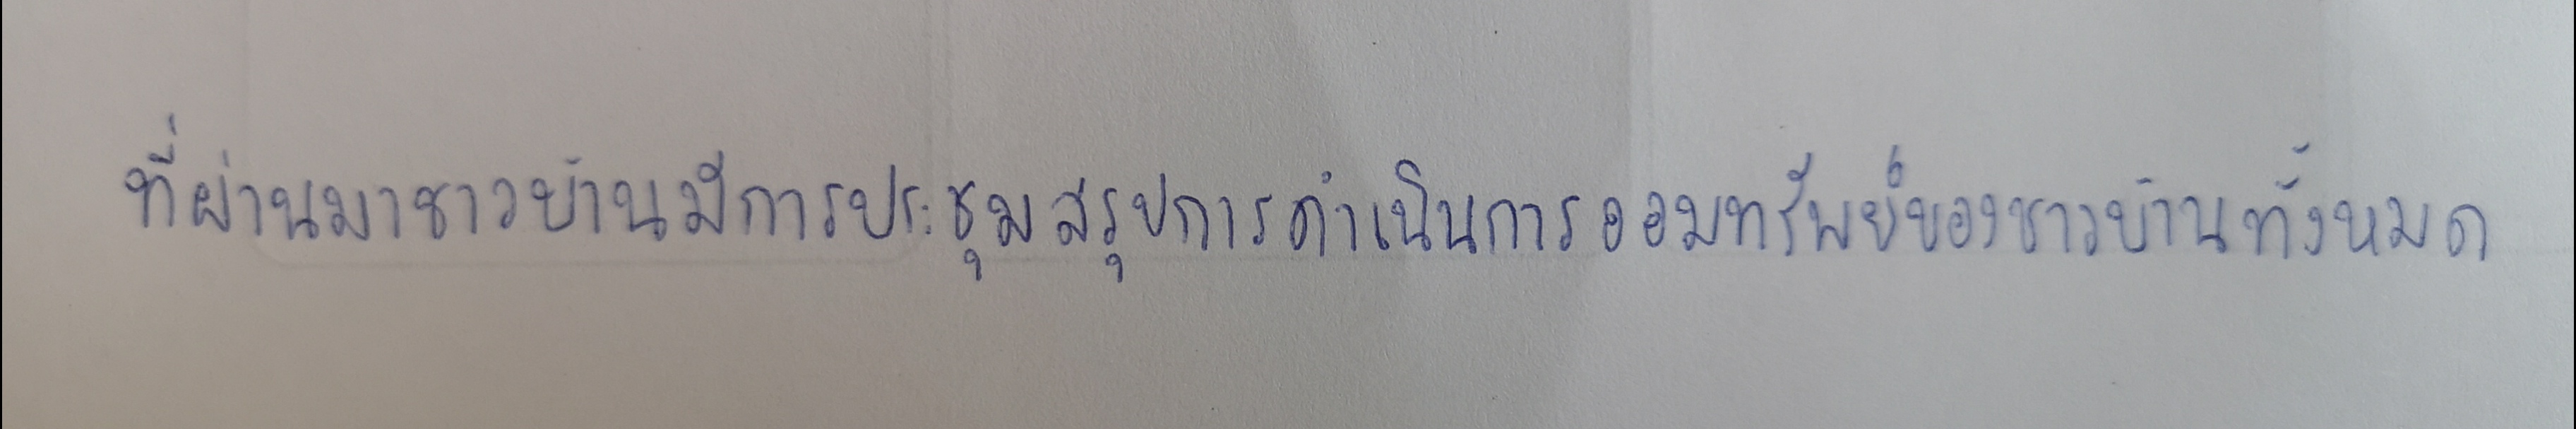
ที่ผ่านมาชาวบ้านมีการประชุมสรุปการดำเนินการออมทรัพย์ของชาวบ้านทั้งหมด